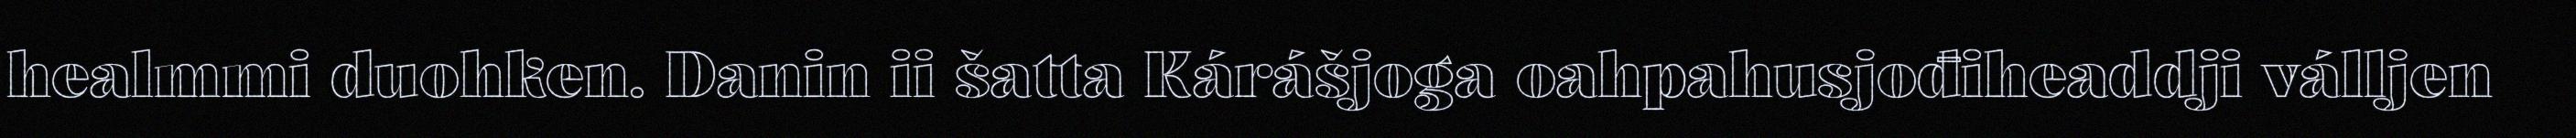
healmmi duohken. Danin ii šatta Kárášjoga oahpahusjođiheaddji válljen